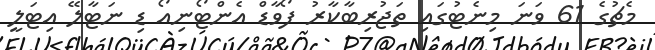
މެޗުގެ 61 ވަނަ މިނެޓުގައި ތަޖުރިބާކާރު ފޯވާޑް އެންޓޯނިއޯ ޑި ނަޓާލޭ އިޓަލީ